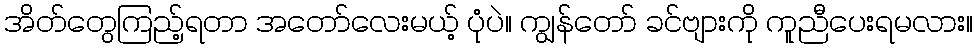
အိတ်တွေကြည့်ရတာ အတော်လေးမယ့် ပုံပဲ။ ကျွန်တော် ခင်ဗျားကို ကူညီပေးရမလား။